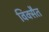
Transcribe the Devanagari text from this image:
विक्सैत